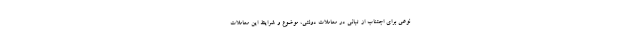
نوعی برای اجتناب از تبانی در معاملات دولتی، موضوع و شرایط این معاملات